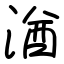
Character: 湭